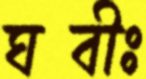
ঘবীঃ